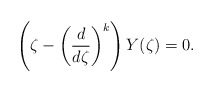
\begin{align*}\left( \zeta- \left( \frac{d}{d\zeta} \right)^{k} \right) Y(\zeta) = 0.\end{align*}